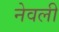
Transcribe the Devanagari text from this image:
नेवली